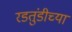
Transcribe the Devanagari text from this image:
रडतुंडीच्या